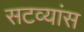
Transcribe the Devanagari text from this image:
सटव्यांस